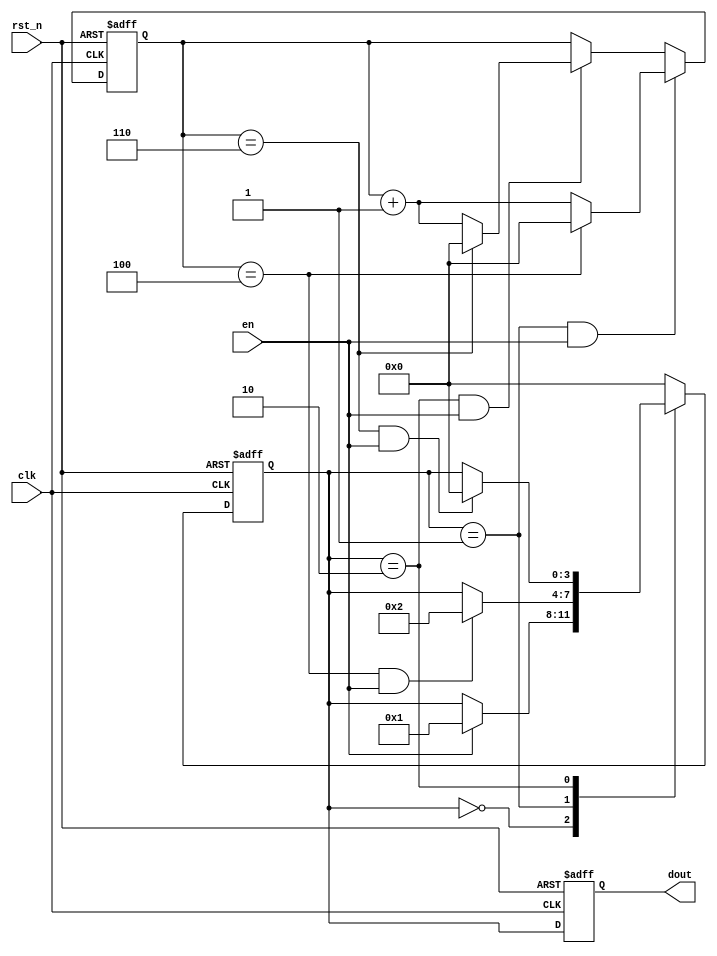
module fsm (
	clk ,
	rst_n ,
	en ,
	dout
);

input clk ;
input rst_n ;
input  en ;
output[3:0] dout ;

reg[3:0] dout;


reg[3:0] cnt_1s;




parameter  IDLE    =  4'd0,
		   S1  =  4'd1,
		   S2  =  4'd2;
		   
reg[3:0] current_state;
reg[3:0] next_state;


always @(posedge clk or negedge rst_n)begin
    if(!rst_n)begin
        cnt_1s <= 0;
    end
    else begin
		if( current_state==S1 && en==1 )begin
			if(cnt_1s==4) cnt_1s <= 0;
			else cnt_1s <= cnt_1s + 1;
		end
		else if(current_state==S2 && en==1) begin
			if(cnt_1s==6) cnt_1s <= 0;
			else cnt_1s <= cnt_1s + 1;
		end
		
	end
end


always@(posedge clk or negedge rst_n)begin
    if(rst_n==1'b0)begin
        current_state<=IDLE;
    end
    else begin
        current_state<=next_state;
    end
end

always@(*)begin
    case(current_state)
		IDLE:if(en==1) next_state=S1 ;
			else next_state=current_state ;
		S1: if(cnt_1s==4 && en==1) next_state=S2 ;
			else next_state=current_state ;
		S2: if(cnt_1s==6 && en==1) next_state=IDLE ;
			else next_state=current_state ;
	    default:next_state=IDLE;
endcase
end


always@(posedge clk or negedge rst_n)begin
    if(rst_n==1'b0)begin
        dout<=IDLE;
    end
    else begin
        dout<=current_state;
    end
end

endmodule